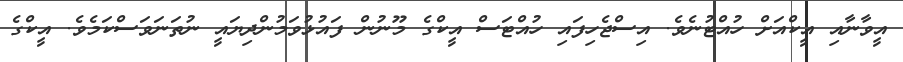
އީވާނާއި އީކްއަށް ހުއްޓުނެވެ. އިސްޖެހިފައި ހުއްޓަސް އީކްގެ މޫނުން ފައުޅުވަމުންދިޔައީ ނުތަނަވަސްކަމެވެ. އީކްގެ